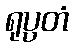
ရုပ္ပတံ